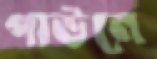
গাউনে